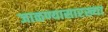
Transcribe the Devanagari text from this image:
जाळण्यासारख्या